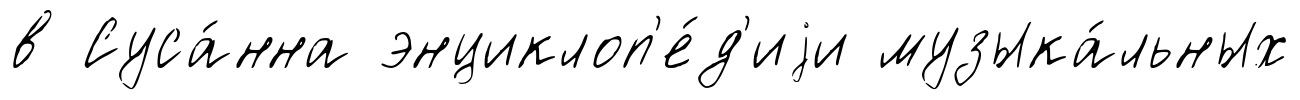
в Суса́нна энциклоп'е́д'иjи музыка́льных